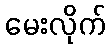
မေးလိုက်